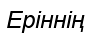
Еріннің